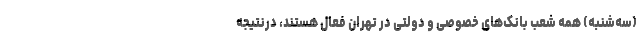
(سه‌شنبه) همه شعب بانک‌های خصوصی و دولتی در تهران فعال هستند، درنتیجه